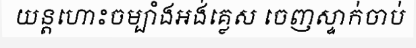
យន្តហោះចម្បាំងអង់គ្លេស ចេញស្ទាក់ចាប់